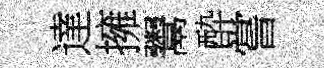
達擁鬻酔嘗